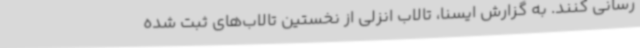
رسانی کنند. به گزارش ایسنا، تالاب انزلی از نخستین تالاب‌های ثبت شده